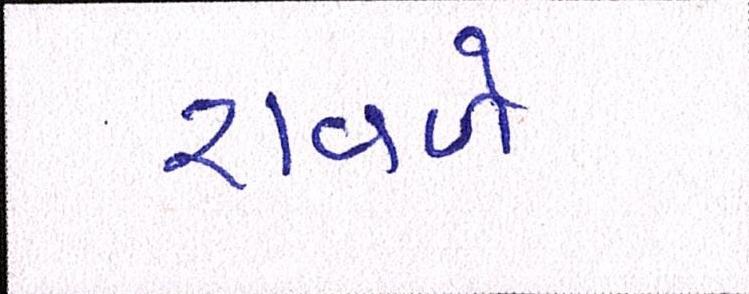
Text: રાવળે